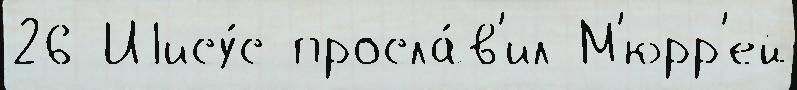
26 Иjису́с просла́в'ил М'юрр'ей